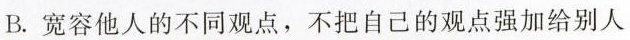
B.宽容他人的不同观点，不把自己的观点强加给别人